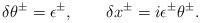
LaTeX: \begin{align*}\delta \theta ^{\pm }=\epsilon ^{\pm },\qquad \delta x^{\pm }=i\epsilon^{\pm }\theta ^{\pm }. \end{align*}